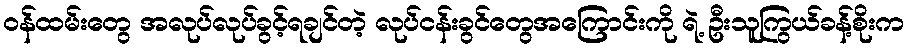
ဝန်ထမ်းတွေ အလုပ်လုပ်ခွင့်ရချင်တဲ့ လုပ်ငန်းခွင်တွေအကြောင်းကို ရဲ့ ဦးသူကြွယ်ခန့်စိုးက